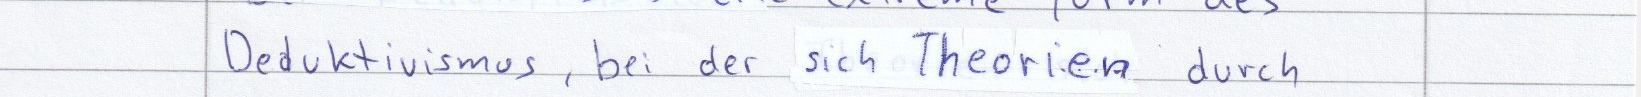
Deduktivismus, bei der sich Theorien durch